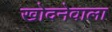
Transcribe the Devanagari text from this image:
खोदनेवाला